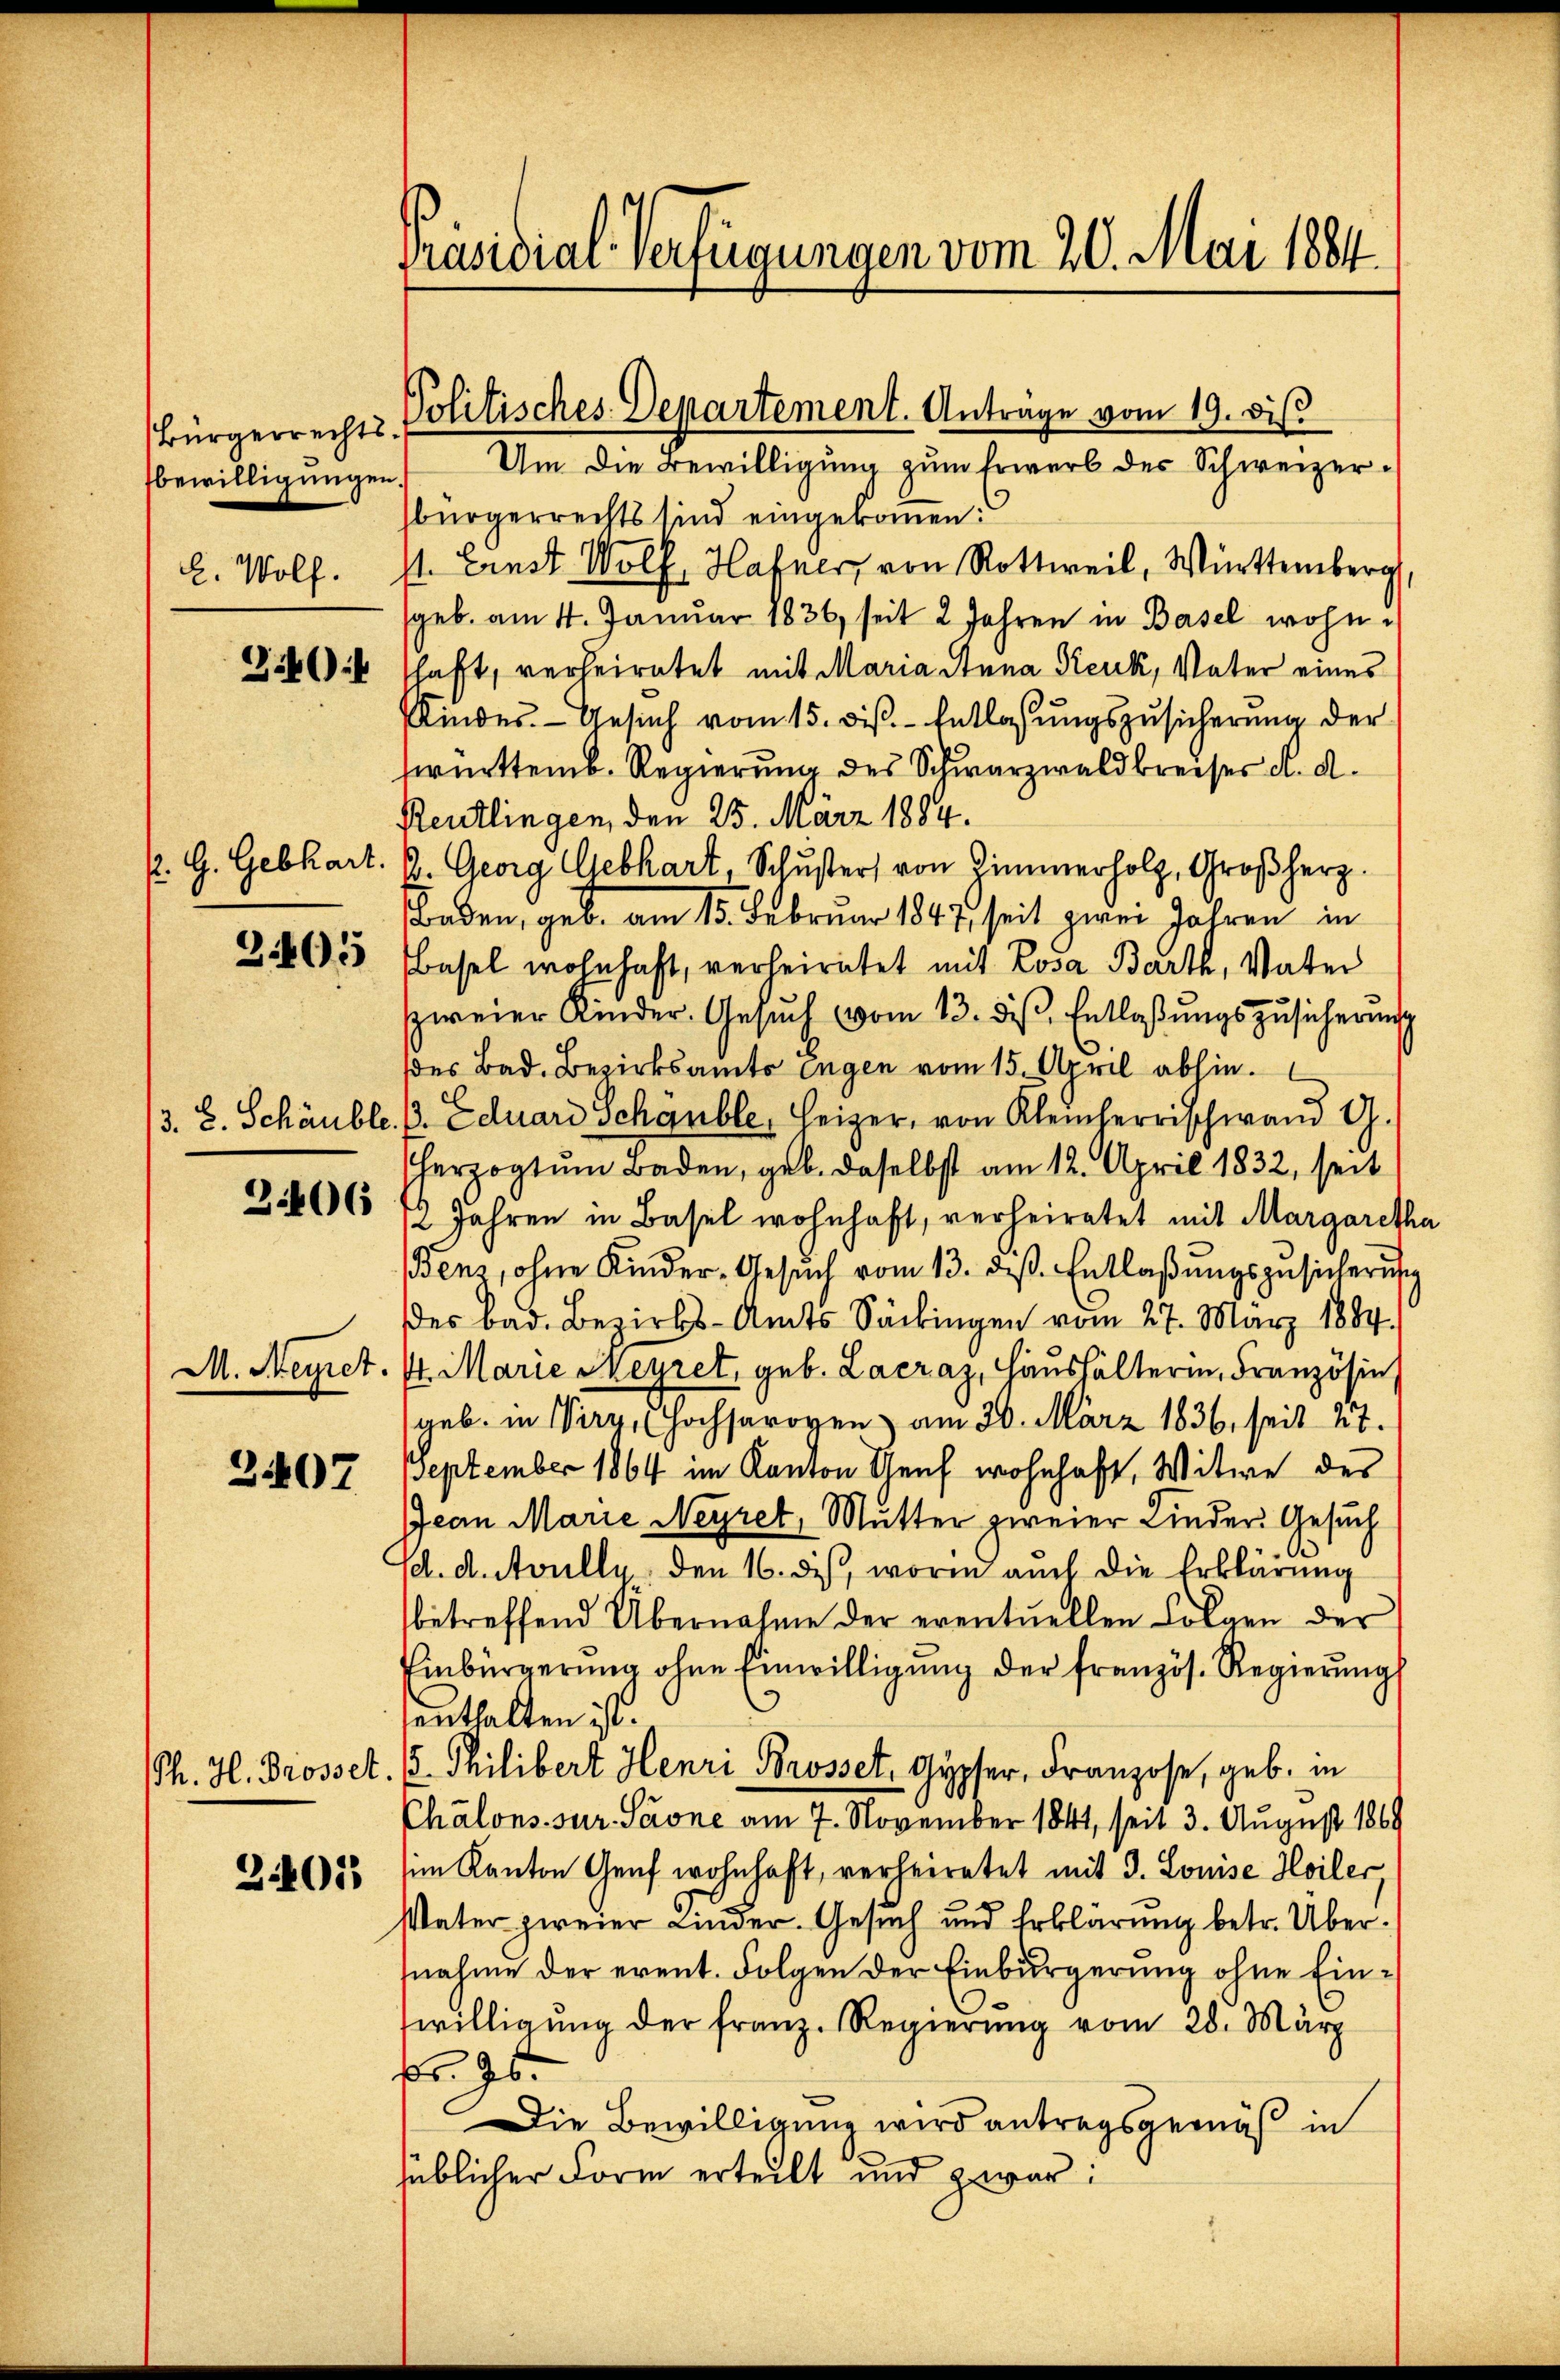
2. Wolf.

P. G. Gebhart.

3406

2407

bewilligŭngen. Um die Bewilligŭng zŭm Erwerb des Schweizer-
sbürgerrechts sind eingekommen:
st. Ernst Wolf, Hafner, von Rottweil, Württemberg,
geb. am 4. Januar 1836, seit 2 Jahren in Basel wohn¬
260 schaft, verheiratet mit Maria Anna Reuk, Vater eines
Kinder. Gesŭch vom 15. diβ. Entlassŭngszŭsicherŭng der
twürttemb. Regierung des Schwarzwald breises K. A.
Reutlingen, den 25. März 1884.
B. Georg Gebhart, Schŭster von Zimmerholz, Großherz.
Baden, geb. am 15. Februar 1847 seit zwei Jahren in
 855 (Basel wohnhaft, verheiratet mit Rosa Barth, Vater
zweier Kinder. Gesŭch (vom 13. die Entlaßungszusicherung
des Bad. Bezirksamts Engen vom 15. April abhin.
3. 8. Schäuble. P. Eduard Schauble, Heizer, von Kleinherrischwand G.
herzogtum Baden, geb. daselbst am 12. April 1832, seit
12 Jahren in Basel wohnhaft, verheiratet mit Margaretha
(ens, ohne Kinder-Gesuch vom 13. dis. Entlaßungszusicheru
der bad. Bezirks-Amts Säckingen vom 27. März 1884.
M. Negret. 4. Marie Meyret, geb. Lacraz, Haushälterin, Französin
geb. in Virg, Hochsarogen am 30. März 1836, seit 27.
September 1864 im Kanton Genf wohnhaft, Witwe des
Jean Marie Neyret, Mutter zweier Kinder Gesuch
/d. A. Avully, den 16. des, worin auch die Erklärung
betreffend Übernahme der eventuellen Folgen der
Einbürgerŭng ohne Einwilligŭng der französ. Regierŭng
¬
enthalten ist.
Th. H. Brosset. (. Philibert Henri Brossel, Gypfer, Franzose, geb. in
Chalons sur. Stone am 7. November 1841, seit 3. August 1869
Z.6685 (im Kanton Genf wohnhaft, verheiratet mit 3. Louise Hoiler
Vater zweier Kinder. Gesuch und Erklärung betr. Übernahme der event. Folgen der Einbürgerung ohne Einwilligŭng der franz. Regierŭng vom 28. März
Br. Ges.
Die Bewilligung wird antragsgemäß in
üblicher Form erteilt und zwar:

Präsidial-Verfügungen vom 20. Mai 1884.

Bürgerrechts-Politisches Departement. Antrage vom 19. dis